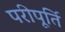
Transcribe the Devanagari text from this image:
परीपूर्ति